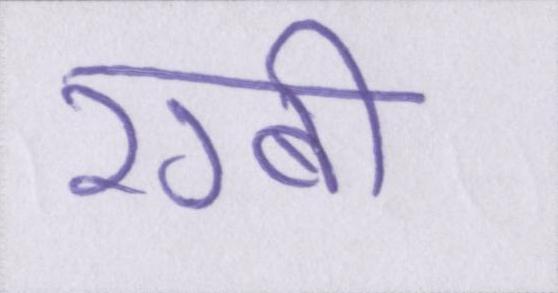
रग्बी